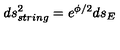
d s _ { s t r i n g } ^ { 2 } = e ^ { \phi / 2 } d s _ { E }